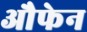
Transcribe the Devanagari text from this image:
औफेन